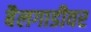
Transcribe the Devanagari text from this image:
बैलगाडीवर